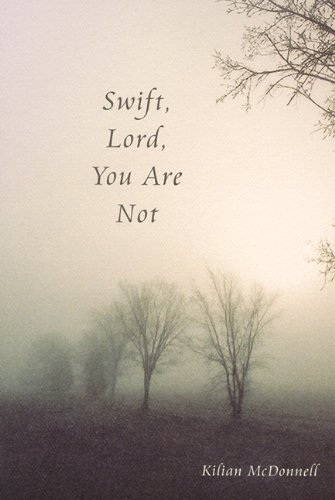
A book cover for Swift, Lord, You Are Not; Kilian McDonnell; Christian Books & Bibles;